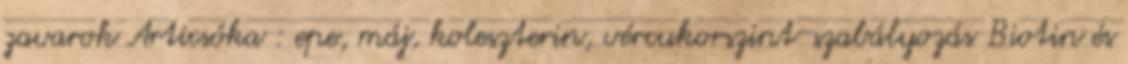
zavarok Articsóka : epe, máj, koleszterin, vércukorszint-szabályozás Biotin és